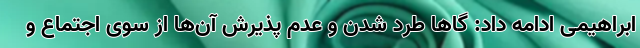
ابراهیمی ادامه داد: گاها طرد شدن و عدم پذیرش آن‌ها از سوی اجتماع و